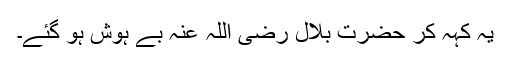
یہ کہہ کر حضرت بلال رضی اللہ عنہ بے ہوش ہو گئے۔